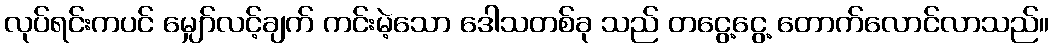
လုပ်ရင်းကပင် မျှော်လင့်ချက် ကင်းမဲ့သော ဒေါသတစ်ခု သည် တငွေ့ငွေ့ တောက်လောင်လာသည်။